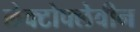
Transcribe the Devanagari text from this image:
लेक्टोफ्लेवीन